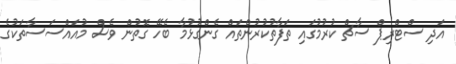
އަދި ސްޓްރިޕް ސާޗް ކުރުމުގައި ތަފާތުކުރުންތައް ގެންގުޅުމާ ބެހޭ ގޮތުން ވެސް މުއައްސަސާތަކުގެ